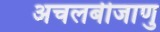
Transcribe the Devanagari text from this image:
अचलबीजाणु